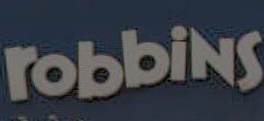
robbins